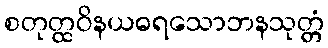
စတုတ္ထဝိနယဓရသောဘနသုတ္တံ